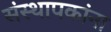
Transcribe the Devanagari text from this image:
संस्थापकांना